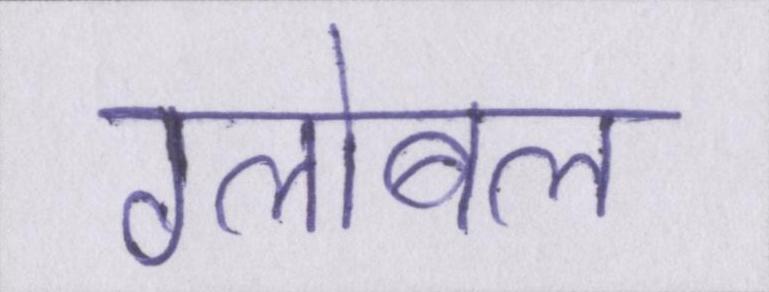
ग्लोबल